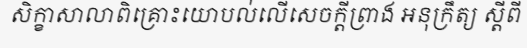
សិក្ខាសាលាពិគ្រោះយោបល់លើសេចក្តីព្រាង អនុក្រឹត្យ ស្តីពី